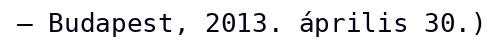
– Budapest, 2013. április 30.)